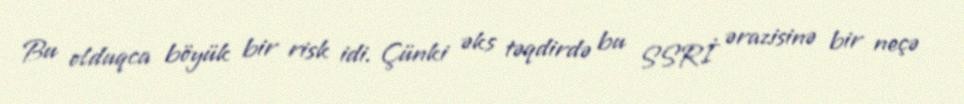
Bu olduqca böyük bir risk idi. Çünki əks təqdirdə bu SSRİ ərazisinə bir neçə